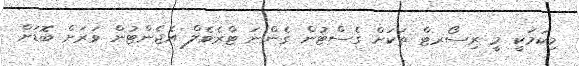
މިކަމަކީ މީ ރިސޯރޓް ތަކަށް ގެސްޓުން ގެންނަ ޓްރެވެލް އެޖެންޓުން ވަރަށް ބޮޑަށް